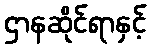
ဌာနဆိုင်ရာနှင့်